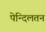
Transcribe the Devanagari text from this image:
पेन्दिलतन